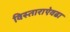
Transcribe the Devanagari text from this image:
विस्ताराऐवढा